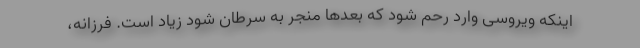
اینکه ویروسی وارد رحم شود که بعدها منجر به سرطان شود زیاد است. فرزانه،